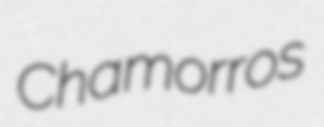
Chamorros